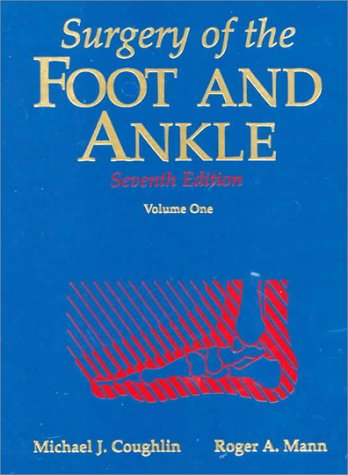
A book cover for Surgery of the Foot and Ankle (2-Volume Set); Michael J. Coughlin MD; Medical Books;